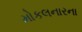
મોકલનારના